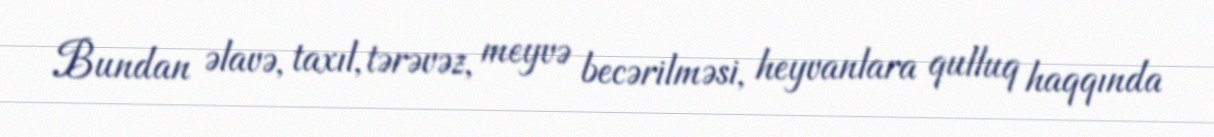
Bundan əlavə, taxıl, tərəvəz, meyvə becərilməsi, heyvanlara qulluq haqqında